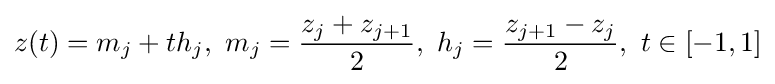
z(t)=m_{j}+th_{j},\ m_{j}={\frac {z_{j}+z_{j+1}}{2}},\ h_{j}={\frac {z_{j+1}-z_{j}}{2}},\ t\in [-1,1]